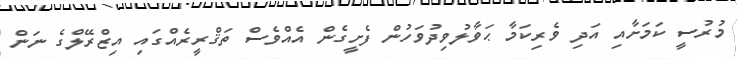
މުރުސީ ކަމަށާއި އަދި ވެރިކަމާ ޙަވާލުވިދުވަހުން ފެށީގެން އެއްވެސް ތަޤްރީރެއްގައި އިޒްރޭލްގެ ނަން